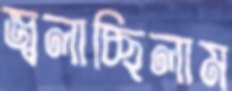
জ্বলাচ্ছিলাম